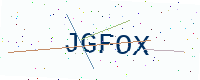
Text: JGFOX